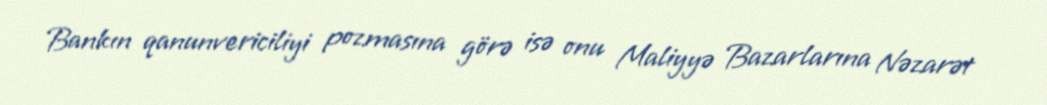
Bankın qanunvericiliyi pozmasına görə isə onu Maliyyə Bazarlarına Nəzarət